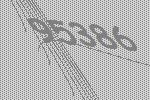
95386